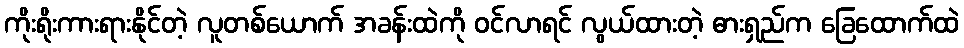
ကိုးရိုးကားရားနိုင်တဲ့ လူတစ်ယောက် အခန်းထဲကို ဝင်လာရင် လွယ်ထားတဲ့ ဓားရှည်က ခြေထောက်ထဲ